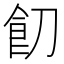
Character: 䬢